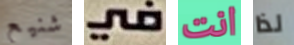
شنيع في انت لذا